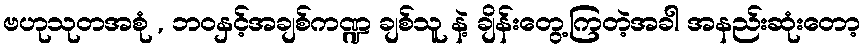
ဗဟုသုတအစုံ , ဘဝနှင့်အချစ်ကဏ္ဍ ချစ်သူ နဲ့ ချိန်းတွေ့ကြတဲ့အခါ အနည်းဆုံးတော့